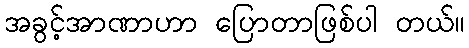
အခွင့်အာဏာဟာ ပြောတာဖြစ်ပါ တယ်။